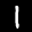
Label: 1